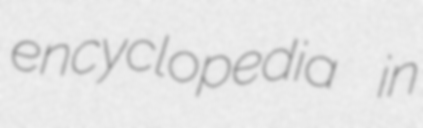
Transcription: encyclopedia in